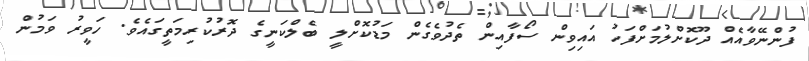
ފުންނޭވާއެއް ދޫކޮށްލުމަށްފަހު އައިވިން ސޯފާއިން ތެދުވެގެން މަޑުކޮށްލީ ބެލްކަނީގެ ދޮރުކުރިމަތީގައެވެ. ހަވީރު ވަމުން